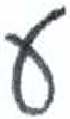
אות: ע